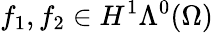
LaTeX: f_{1},f_{2}\in H^{1}\Lambda^{0}(\Omega)